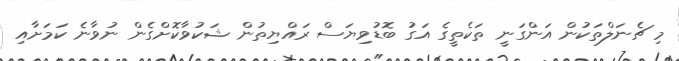
މި ޗެނަލްތަކުން އަންގަނީ ތަކެތީގެ އަގު ބޮޑުވިޔަސް ރައްޔިތުން ޝަކުވާކޮށްގެން ނުވާނެ ކަމަށާއި